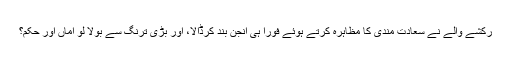
رکشے والے نے سعادت مندی کا مظاہرہ کرتے ہوئے فوراً ہی انجن بند کرڈالا، اور بڑی ترنگ سے بولا لو امّاں اور حکم؟